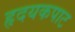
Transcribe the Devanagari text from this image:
हृदयकपाट